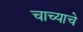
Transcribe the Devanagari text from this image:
चाच्याचे